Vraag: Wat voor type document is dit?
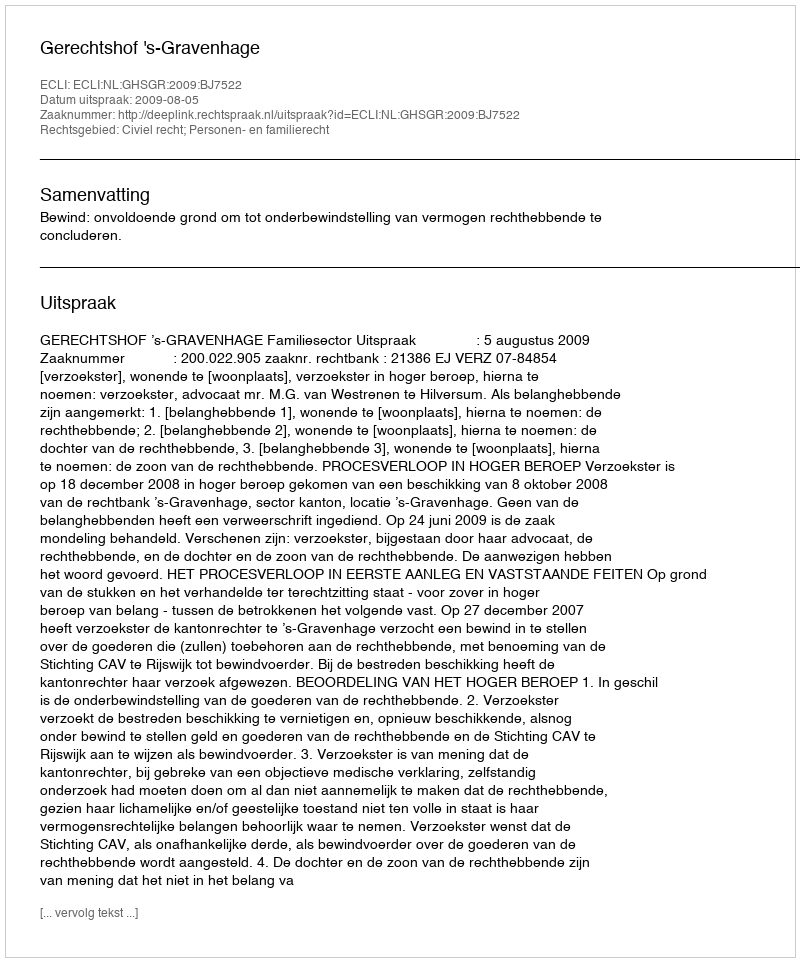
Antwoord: Uitspraak